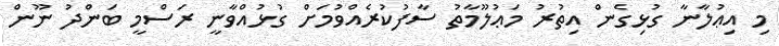
މި އިޢުލާނާ ގުޅިގެން އިތުރު މަޢުލޫމާތު ސާފުކުރެއްވުމަށް ގުޅުއްވާނީ ރަސްމީ ބަންދު ނޫން